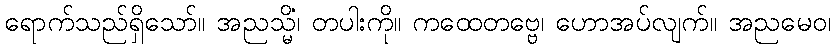
ရောက်သည်ရှိသော်။ အညသ္မိံ၊ တပါးကို။ ကထေတဗ္ဗေ၊ ဟောအပ်လျက်။ အညမေဝ၊